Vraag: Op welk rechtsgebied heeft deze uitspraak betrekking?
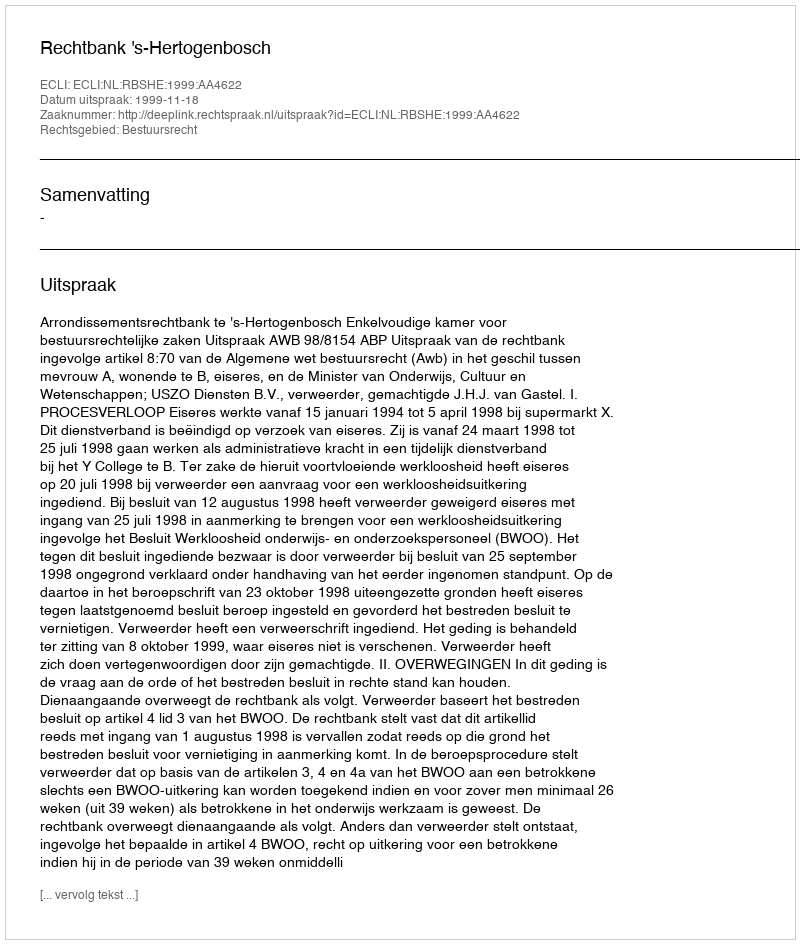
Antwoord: Bestuursrecht